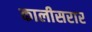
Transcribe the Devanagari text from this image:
कालीसरार